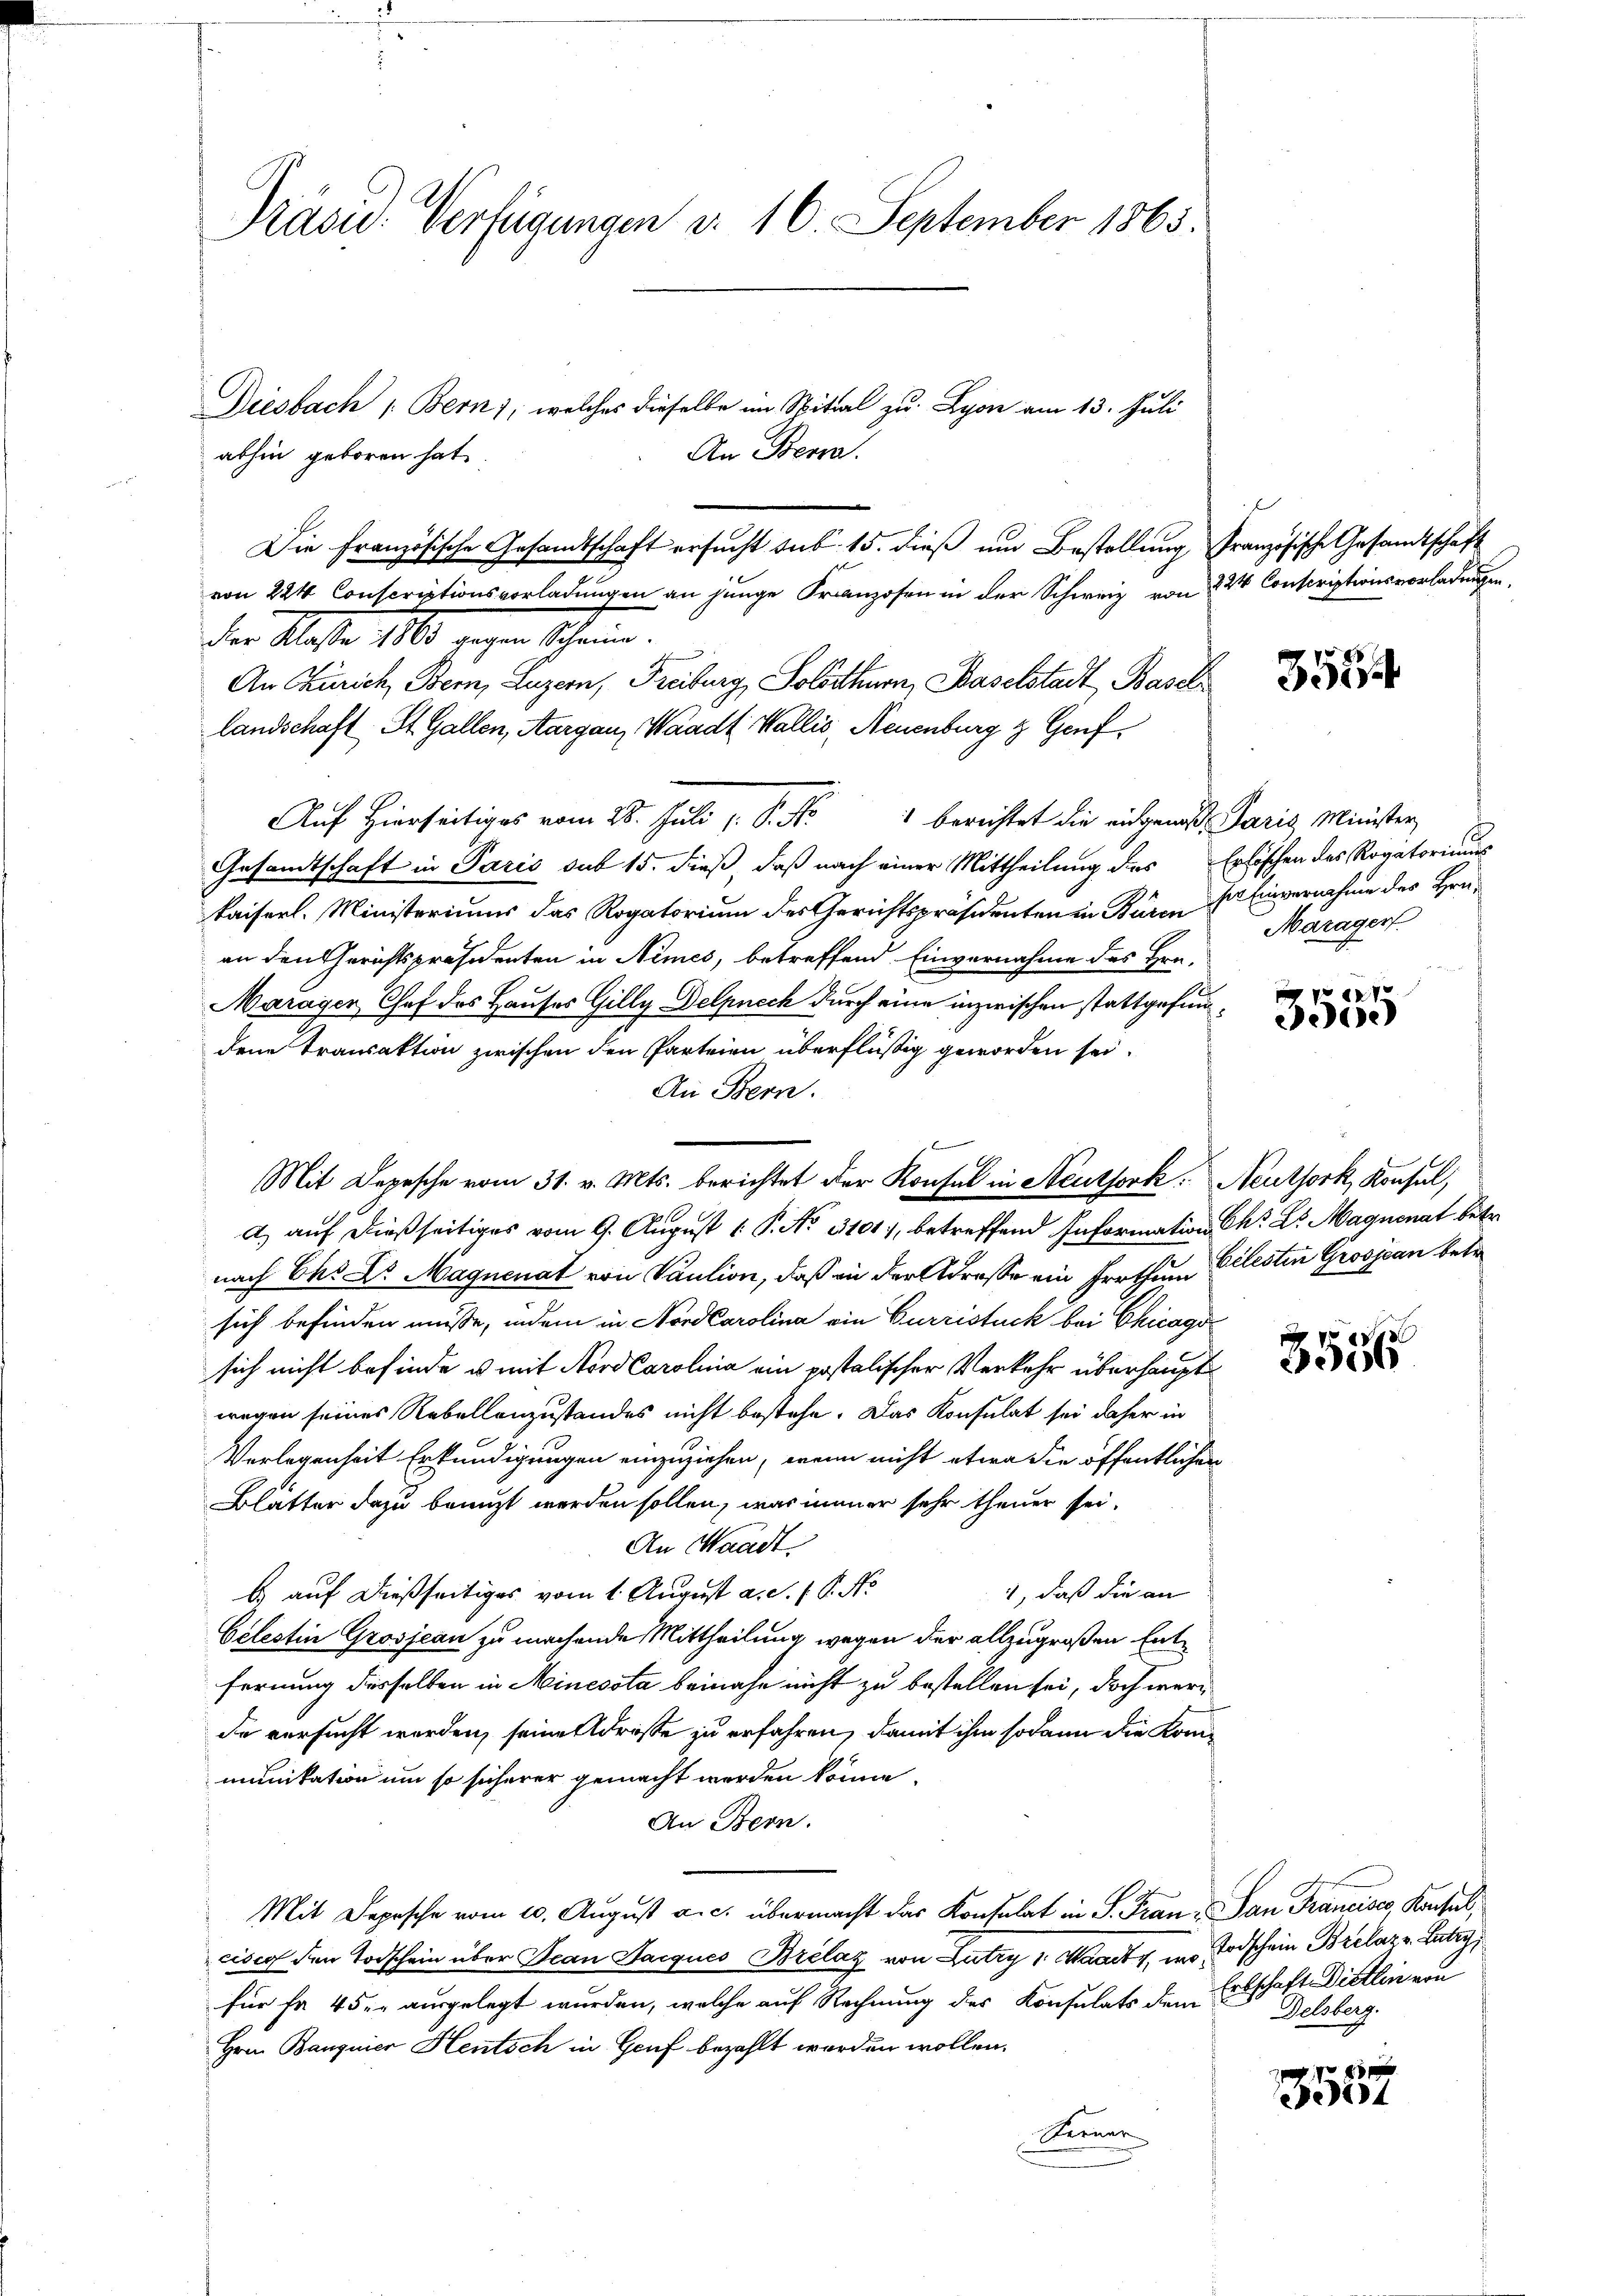
Präsid. Verfügungen d. 10. September 1865.

Diesbach, Bern), welches dieselbe im Mittal zu Lyon am 13. Juli
An Bena
abhin geboren hat.
Die Französische Gesandtschaft ersucht sub 15. dieß und Bestellung, Französische Gesandtschaft
von 224 Conscriptionsvorladungen an junge Franzosen in der Schweiz von 224 Conscriptionsvorladungen,
der Klasse 10 gegen schrein.
An Zürich, Bern, Luzern, Freiburg, Solothurn, Baselstadt Basel
landschaft St. Gallen, Aargau, Waadt Wallis, Neuenburg & Genf
Auf Hierseitiges vom 28. Juli v. P. Nr. 1 berichtet die eingenos Paris Minister
Gesandtschaft in Paris sub 15. dieß, daß nach einer Mittheilung des Erlischen des Rogatoriums
kaiserl. Ministeriums das Rogatorium des Gerichtspräsidenten in Büren der Einvernahme des Hrn.
an den Gerichtspräsidenten in Nimes, betreffend Einvernahme des Hrn.
Maragen Chef des Hauses Gilly Delpnech durch eine inzwischen stattgefundene Transaktion zwischen den Parteien überflüßig geworden sei.
An Bern.
Mit Depesche vom 31. v. Mts. berichtet der Konsul in Neuthork. Neuthork, Konsul,
a) auf dießseitiges vom 9. August 1 P. No. 3101, betreffend Information Chr. Dr. Magnenat betr.
nach Chs Dr. Magnenat von Vaution, daß ein der Adresse ein Irrthum Ellesten Grosjean betr
sich befinden müsse, indem in Nord Carolina ein Gurristuck bei Chicagosich nicht befinde u. mit Nord Carolina ein postolischer Verkehr überhauptwegen seines Rebellanzustandes nicht bestehe. Das Konsulat sei daher in
Verlegenheit Erkundigungen einzuziehen, wenn nicht etwa die öffentlichen
Blätter dazu benuzt werden sollen, war immer sehr theuer sei.
An Waadt.
b. auf dießseitiges vom 1. August a. S. 1 S. No
1, daß die an
Celestin Grosjean zu machende Mittheilung wegen der allzugroßen Entfernung desselben in Minesota beinahe nicht zu bestellen sei, doch werde versucht worden, seine drosse zu erfahren, damit ihm sodann die Kommunikation um so sicherer gemacht werden könne.
An Bern.
Mit Depesche vom 10. August a. c. übermacht das Konsulat in S. Frau. San Francisco Konsul,
cisco den Todschein über Jean Starques Brélaz von Lutry, Waadt, in Todschein Brelaz v. Lutry,
für je 45 er ausgelegt wurden, welche auf Rechnung des Konsulats dem Erbschaft Dietlin von
Hrrn. Banquier Heutsch in Genf bezahlt worden wollen.
Seener

358

Märagerf

27
ee)

3556

Delsberg.

f 8 x
14